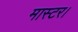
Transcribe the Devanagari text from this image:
मास्‍टर।